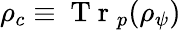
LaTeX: \rho_{c}\equiv\mathrm{~T~r~}_{p}(\rho_{\psi})